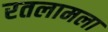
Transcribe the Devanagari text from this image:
रतलामला